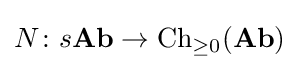
N\colon s{\textbf {Ab}}\to {\text{Ch}}_{\geq 0}({\textbf {Ab}})